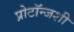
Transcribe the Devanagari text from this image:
प्रोटॉन्जशी